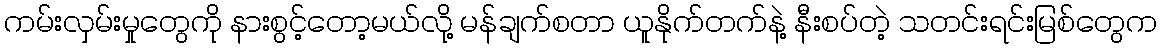
ကမ်းလှမ်းမှုတွေကို နားစွင့်တော့မယ်လို့ မန်ချက်စတာ ယူနိုက်တက်နဲ့ နီးစပ်တဲ့ သတင်းရင်းမြစ်တွေက